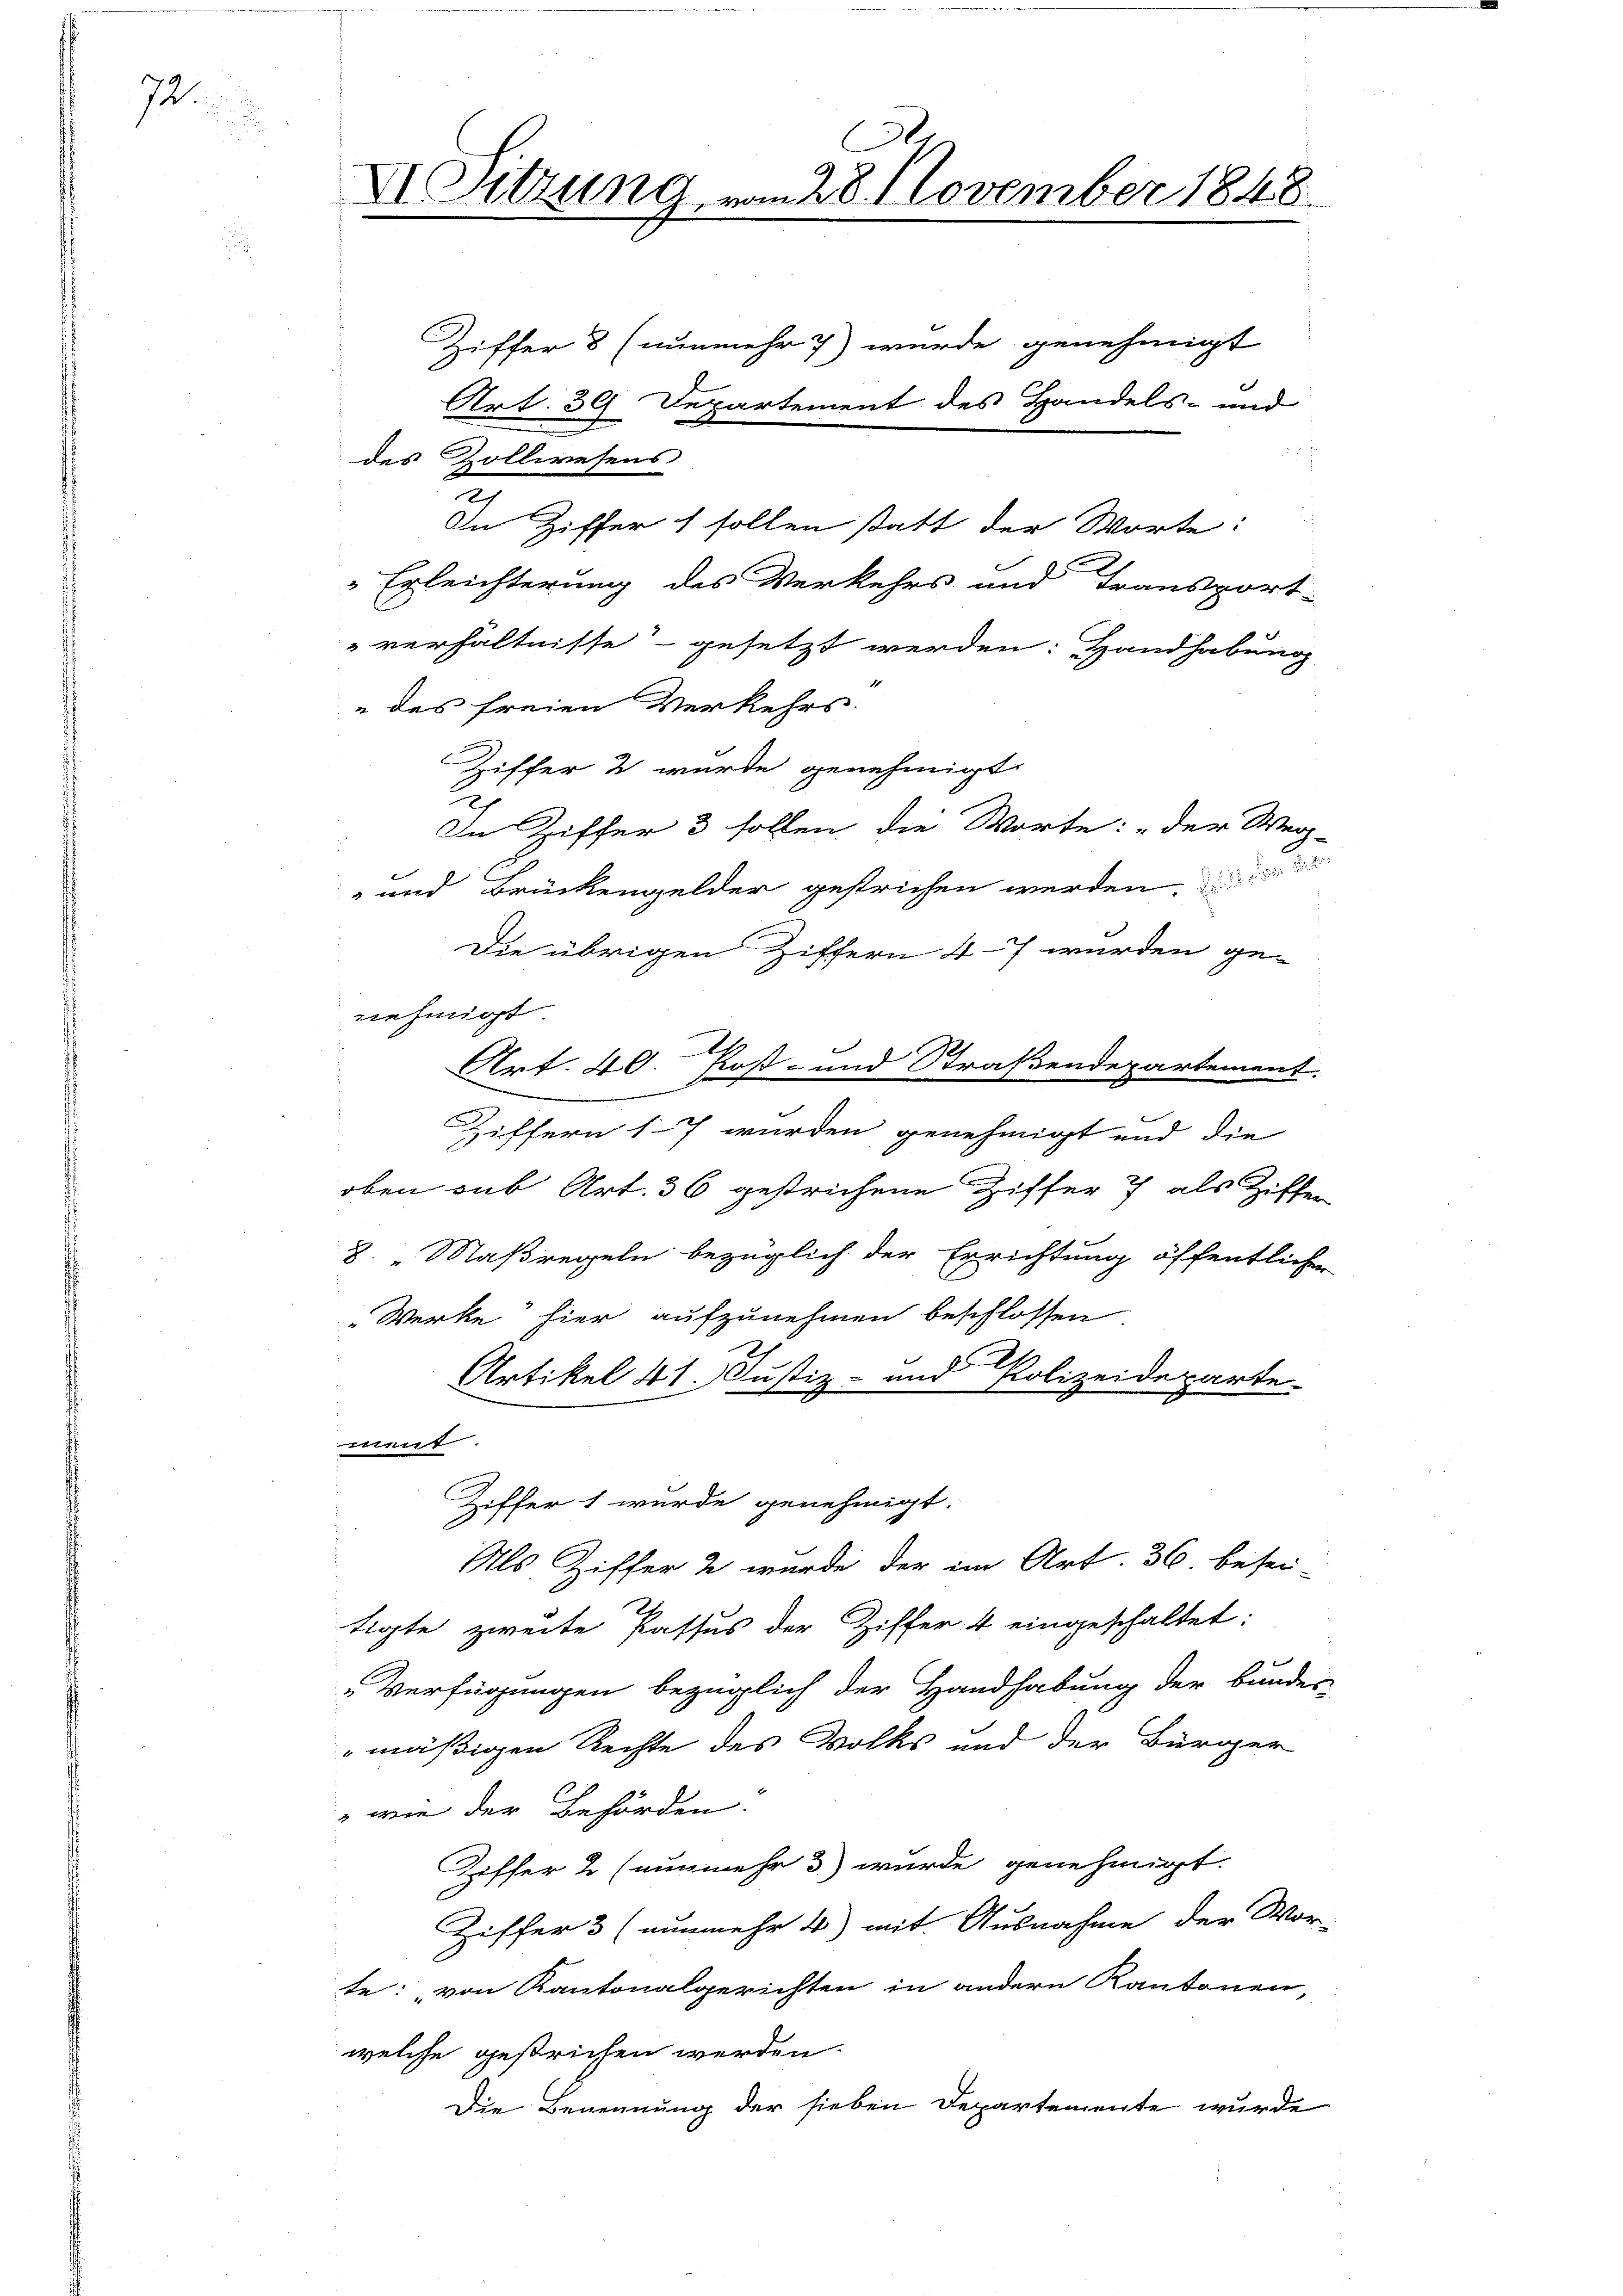
72.

des Zollwesens
In Ziffer 1 sollen statt der Worte:
Erleichterung des Verkehrs und Transport-
" verhältnisse gesetzt werden: Handhabung
 des freien Verkehrs.
Ziffer 2 wurde genehmigt.
In Ziffer 3 sollen die Worte: „der Weg-
- und Brückengelder gestrichen werden.
Die übrigen Ziffern 4–7 wurden ge-
nehmigt
11
Art. 40. Post- und Straßendepartement.
Ziffern 17 wurden genehmigt und die
oben sub Art. 36 gestrichene Ziffer 7 als Ziffer
8. " Maßregeln bezüglich der Errichtung öffentlicher
Werke hier aufzunehmen beschlossen
Artikel 41. Justiz- und Polizeideparte
ment.
Ziffer 1 wurde genehmigt.
Als Ziffer 2 wurde der im Art. 36 besei
tigte zweite Passus der Ziffer 4 eingeschaltet:
Verfügungen bezüglich der Handhabung der Bundes-
mäßigen Rechte des Volks und der Bürger
" wie der Behörden.
Ziffer 2 (nunmehr 3) wurde genehmigt.
Ziffer 3 (nunmehr 4) mit Ausnahme der Wor-
te: von Kantonalgerichten in andern Kantonen,
welche gestrichen werden.
Die Benennung der sieben Departemente wurde

Dr. Sitzung vom 28. November 1848.

Ziffer 8 (nunmehr 7) wurde genehmigt
Art. 39 Departement des Handels- und